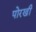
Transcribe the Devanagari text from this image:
पोरखी